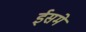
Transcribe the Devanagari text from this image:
ईसमे